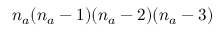
n _ { a } ( n _ { a } - 1 ) ( n _ { a } - 2 ) ( n _ { a } - 3 )